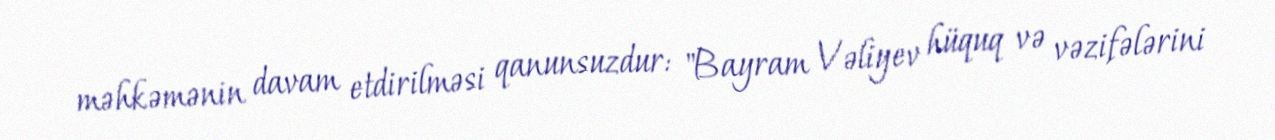
məhkəmənin davam etdirilməsi qanunsuzdur: "Bayram Vəliyev hüquq və vəzifələrini